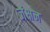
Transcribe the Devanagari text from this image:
जंक्षन